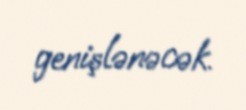
genişlənəcək.